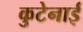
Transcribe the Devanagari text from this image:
कुटेनाई